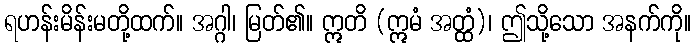
ရဟန်းမိန်းမတို့ထက်။ အဂ္ဂါ၊ မြတ်၏။ ဣတိ (ဣမံ အတ္ထံ)၊ ဤသို့သော အနက်ကို။